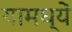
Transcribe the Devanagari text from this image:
यामध्यें